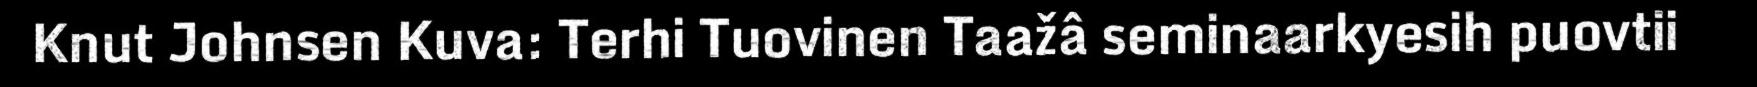
Knut Johnsen Kuva: Terhi Tuovinen Taažâ seminaarkyesih puovtii